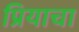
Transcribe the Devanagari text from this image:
प्रियाचा